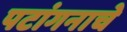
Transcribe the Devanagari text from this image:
पटांगनाचे